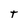
Character: T